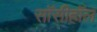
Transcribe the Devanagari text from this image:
सॉसीहॉल